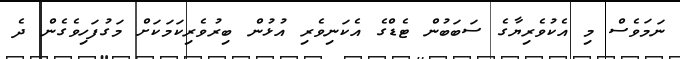
ނަމަވެސް މި އެކުވެރިޔާގެ ސަބަބުން ޓެޑްގެ އެކަނިވެރި އުޅުން ބިރުވެރިކަމަކަށް މަގުފަހިވެގެން ދެ